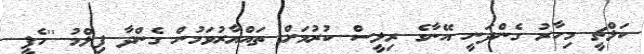
ކަލްޗީ މިހާރު ގެންދަނީ އޭނާގެ ރިލީސް ކުރުމަށް ތައްޔާރުވަމުން ގެންދާ ފިލްމު ''ހެޕީ